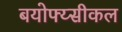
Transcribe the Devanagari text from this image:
बयोफ्य्सीकल